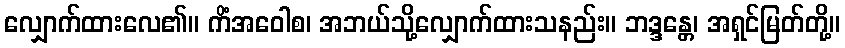
လျှောက်ထားလေ၏။ ကိံအဝေါစ၊ အဘယ်သို့လျှောက်ထားသနည်း။ ဘဒ္ဒန္တေ၊ အရှင်မြတ်တို့။